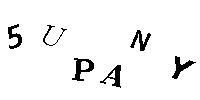
5UPANY